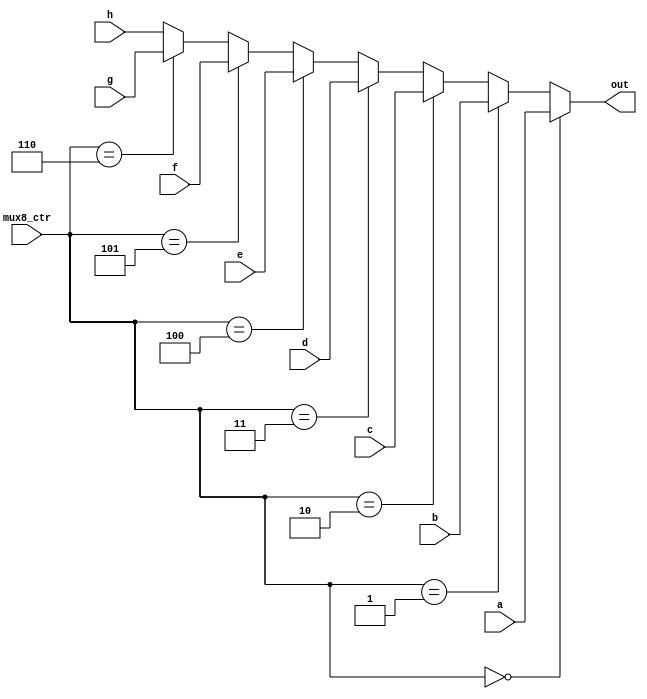
`timescale 1ns / 1ps
//////////////////////////////////////////////////////////////////////////////////
// Company: 
// Engineer: 
// 
// Design Name: 
// Module Name: mux8_32
// Project Name: 
// Target Devices: 
// Tool Versions: 
// Description: 
// 
// Dependencies: 
// 
// Revision:
// Revision 0.01 - File Created
// Additional Comments:
// 
//////////////////////////////////////////////////////////////////////////////////


module mux8_32(
    input [31:0]    a, b, c, d, e, f, g, h,
    input [2:0]     mux8_ctr,
    output[31:0]    out
    );
    
    assign  out = (mux8_ctr == 3'd0) ? a  :
            (mux8_ctr == 3'd1) ? b  :
            (mux8_ctr == 3'd2) ? c  :
            (mux8_ctr == 3'd3) ? d  :
            (mux8_ctr == 3'd4) ? e  :
            (mux8_ctr == 3'd5) ? f  :
            (mux8_ctr == 3'd6) ? g  :
            h;
    
endmodule